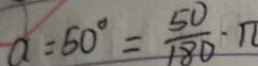
a = 6 0 ^ { \circ } = \frac { 5 0 } { 1 8 0 } \cdot \pi